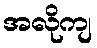
အလိုကျ